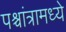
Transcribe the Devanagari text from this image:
पश्चांत्रामध्ये